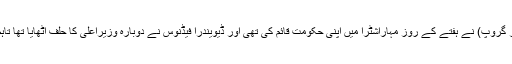
بی جے پی اور نیشنلسٹ کانگریس پارٹی (اجیت پوار گروپ) نے ہفتے کے روز مہاراشٹرا میں اپنی حکومت قائم کی تھی اور ڈیویندرا فیڈنوس نے دوبارہ وزیراعلیٰ کا حلف اٹھایا تھا تاہم وہ اسمبلی میں اکثریت قائم رکھنے میں ناکام رہے۔